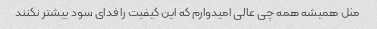
مثل همیشه همه چی عالی امیدوارم که این کیفیت را فدای سود بیشتر نکنند